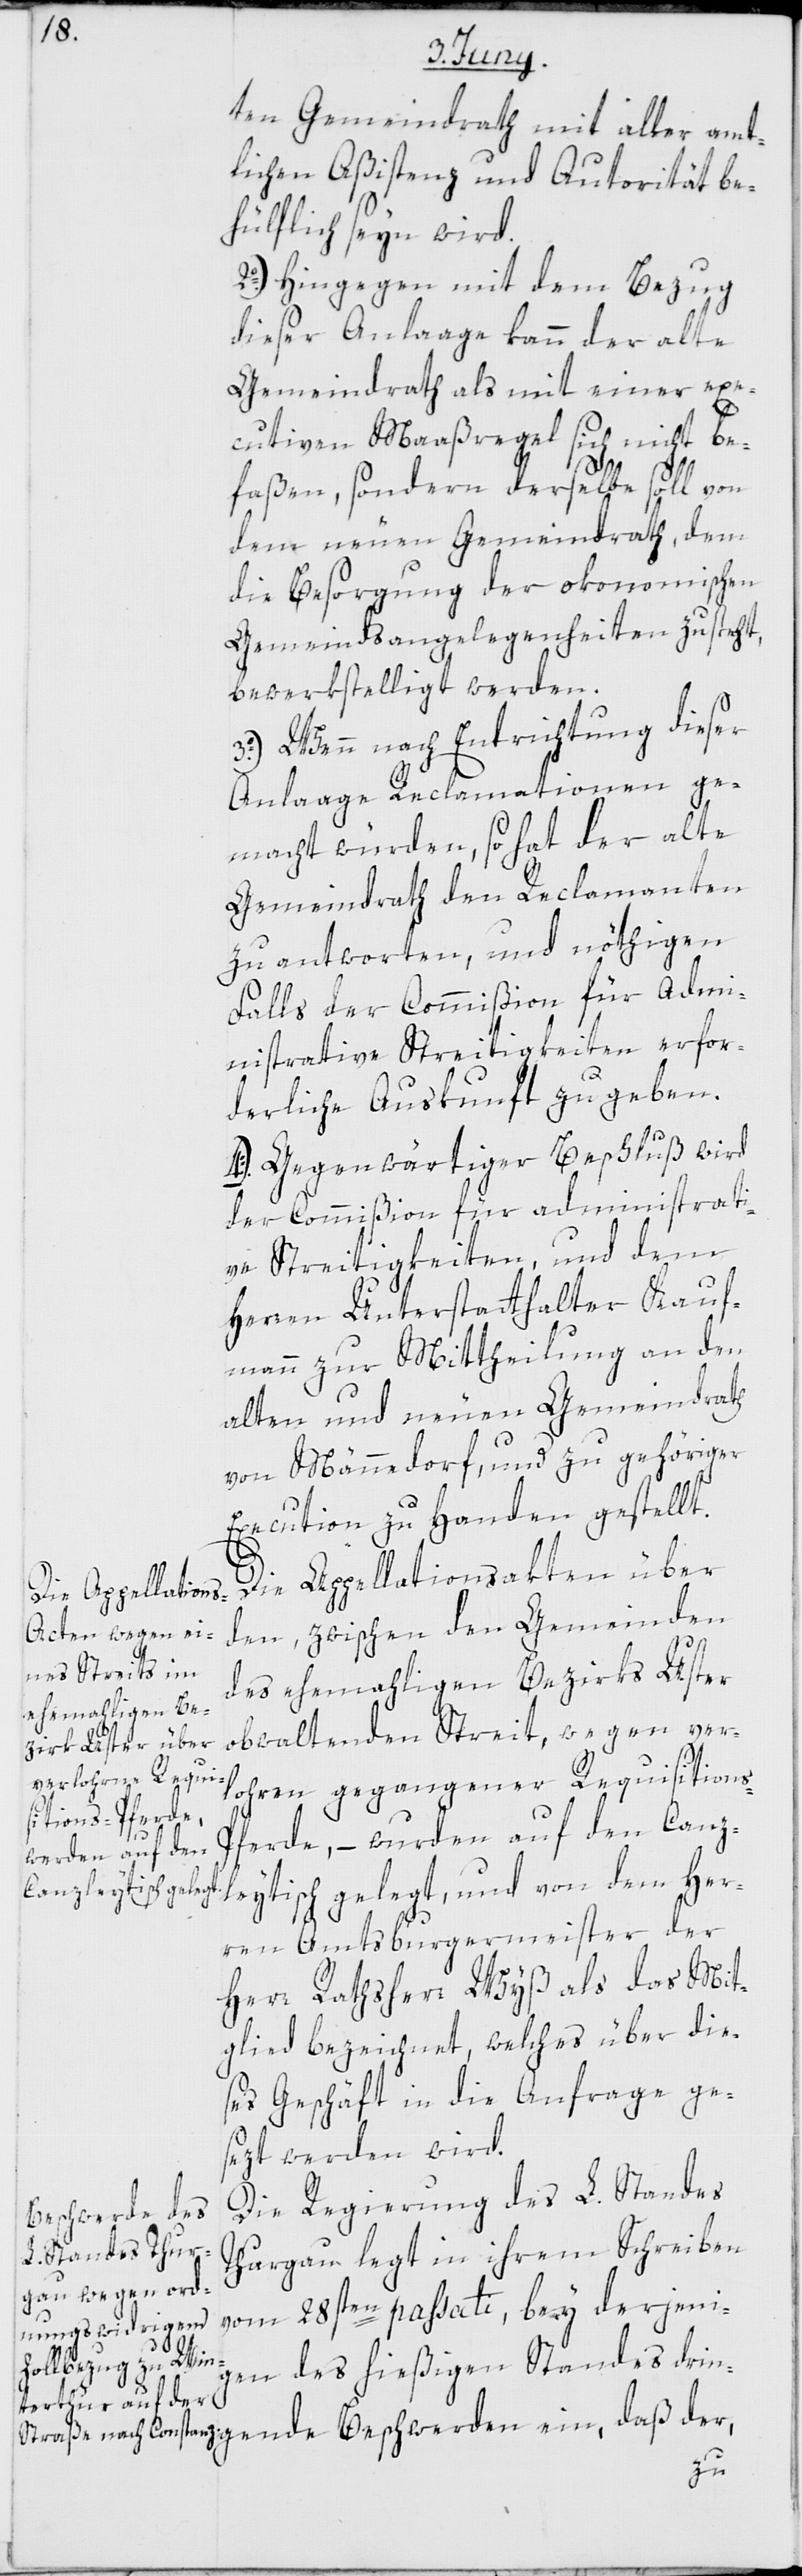
derjenig¬
ten Gemeindrath mit aller amt¬
lichen Aßistenz und Autorität be¬
hülflich seyn wird.
2o.) Hingegen mit dem Bezug
dieser Anlaage kann der alte
Gemeindrath als mit einer exe¬
cutiven Maaßregel sich nicht be¬
faßen, sondern derselbe soll von
dem neuen Gemeindrath, dem
die Besorgung der okonomischen
Gemeindsangelegenheiten zusteht,
bewerkstelligt werden.
3o.) Wenn nach Entrichtung dieser
Anlaage Reclamationen ge¬
macht würden, so hat der alte
Gemeindrath den Reclamanten
zu antworten, und nöthigen
Falls der Commißion für Admi¬
nistrative Streitigkeiten erfor¬
derliche Auskunft zu geben.
4o.) Gegenwärtiger Beschluß wird
der Commißion für administrati¬
ve Streitigkeiten, und dem
Herren Unterstatthalter Kauf¬
mann zur Mittheilung an den
alten und neuen Gemeindrath
von Männedorf, und zu gehöriger
Execution zu Handen gestellt.
Die Appellationsakten über
den, zwischen den Gemeinden
des ehemaligen Bezirks Uster
obwaltenden Streit, wegen ver¬
lohren gegangener Requistion¬
ferde, – wurden auf den Canz¬
leytisch gelegt, und von dem Her¬
ren Amtsburgermeister der
Herr Ratsherr Wyß als das Mit¬
glied bezeichnet, welches über die¬
ses Geschäft in die Anfrage ge¬
sezt werden wird.
Die Regierung des L. Standes
Beschwerden ein,
Thurgau legt in ihrem Schreiben
en des hießigen Standes drin¬
der,